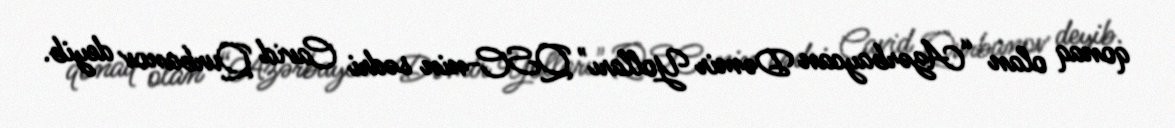
qonaq olan “Azərbaycan Dəmir Yolları" QSC-nin sədri Cavid Qurbanov deyib.